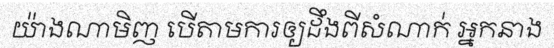
យ៉ាងណាមិញ បើតាមការឲ្យដឹងពីសំណាក់ អ្នកនាង